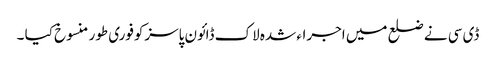
ڈی سی نے ضلع میں اجراء شدہ لاک ڈائون پاسزکوفوری طور منسوخ کیا ۔